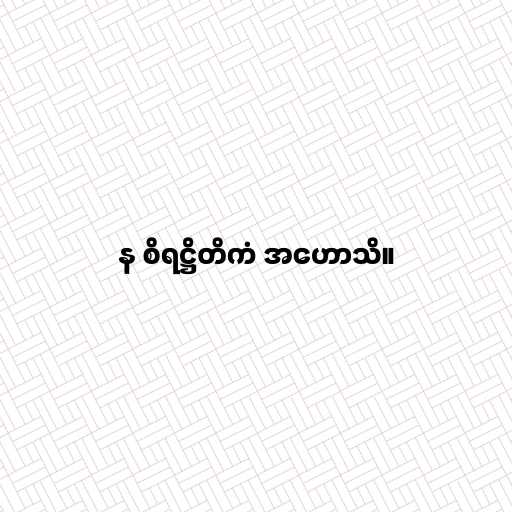
န စိရဋ္ဌိတိကံ အဟောသိ။